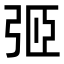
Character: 弬